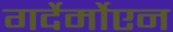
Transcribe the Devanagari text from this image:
गर्देर्मोएन